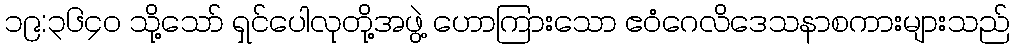
၁၉:၃၆၄၀ သို့သော် ရှင်ပေါလုတို့အဖွဲ့ ဟောကြားသော ဧဝံဂေလိဒေသနာစကားများသည်